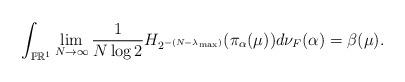
LaTeX: \begin{align*}\int_{\mathbb P\mathbb R^1}\lim_{N\to\infty} \frac{1}{N\log 2} H_{2^{-(N-\lambda_{\max})}}(\pi_{\alpha}(\mu)) d\nu_F(\alpha)=\beta(\mu).\end{align*}